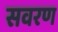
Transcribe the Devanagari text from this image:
सवरण